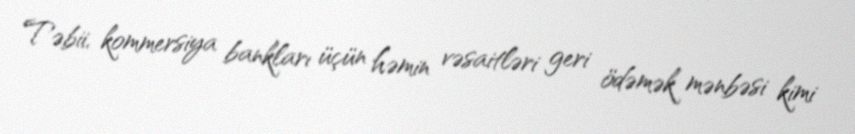
Təbii, kommersiya bankları üçün həmin vəsaitləri geri ödəmək mənbəsi kimi